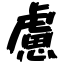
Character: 慮